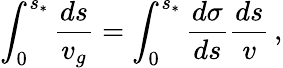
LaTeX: \int_{0}^{s_{*}}\frac{ds}{v_{g}}=\int_{0}^{s_{*}}\frac{d\sigma}{ds}\frac{ds}{v}\, ,